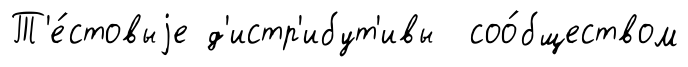
Т'е́стовыjе д'истр'ибут'ивы соо́бществом